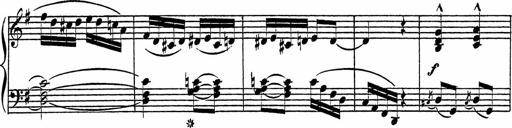
Title: Piano Sonatinas
Composer: Charles Fradel